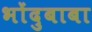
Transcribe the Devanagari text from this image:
भोंदुबाबा